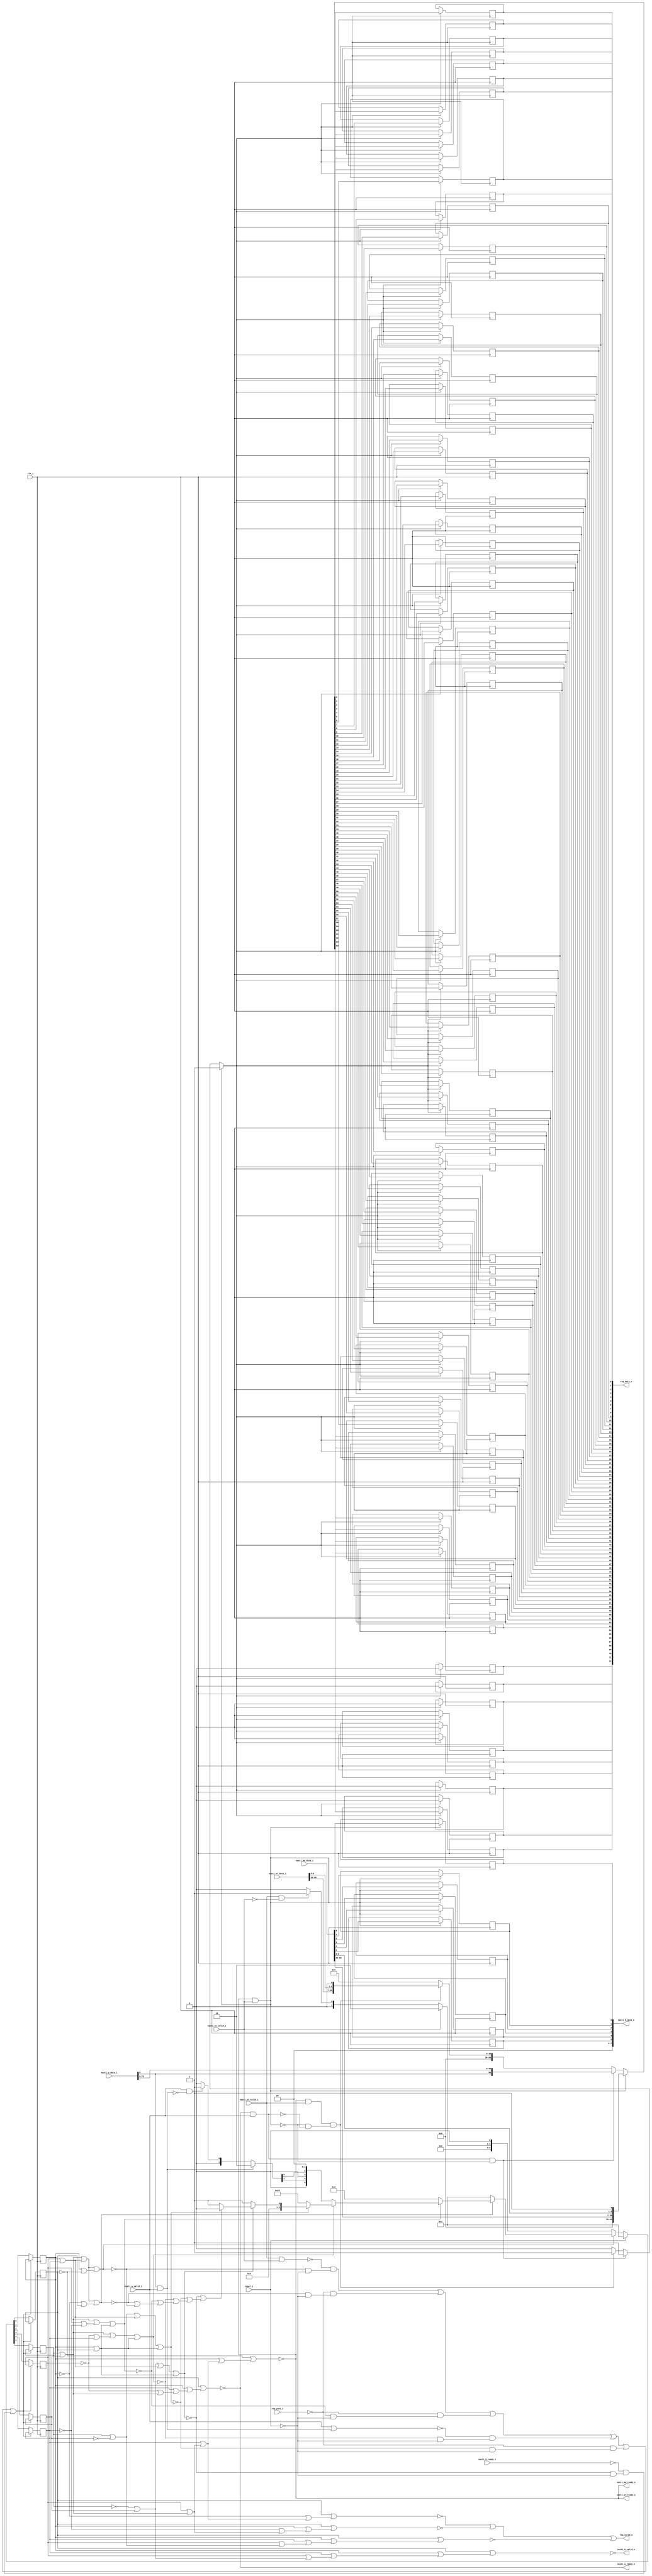
module bsg_nasti_client_req
(
  clk_i,
  reset_i,
  nasti_ar_valid_i,
  nasti_ar_data_i,
  nasti_ar_ready_o,
  nasti_aw_valid_i,
  nasti_aw_data_i,
  nasti_aw_ready_o,
  nasti_w_valid_i,
  nasti_w_data_i,
  nasti_w_ready_o,
  nasti_b_valid_o,
  nasti_b_data_o,
  nasti_b_ready_i,
  req_valid_o,
  req_data_o,
  req_yumi_i
);

  input [66:0] nasti_ar_data_i;
  input [66:0] nasti_aw_data_i;
  input [72:0] nasti_w_data_i;
  output [7:0] nasti_b_data_o;
  output [72:0] req_data_o;
  input clk_i;
  input reset_i;
  input nasti_ar_valid_i;
  input nasti_aw_valid_i;
  input nasti_w_valid_i;
  input nasti_b_ready_i;
  input req_yumi_i;
  output nasti_ar_ready_o;
  output nasti_aw_ready_o;
  output nasti_w_ready_o;
  output nasti_b_valid_o;
  output req_valid_o;
  wire nasti_ar_ready_o,nasti_aw_ready_o,nasti_w_ready_o,nasti_b_valid_o,req_valid_o,
  N0,N1,N2,N3,N4,N5,N6,N7,N8,N9,N10,N11,N12,N13,N14,N15,N16,N17,N18,N19,N20,N21,N22,
  N23,N24,N25,N26,N27,N28,N29,N30,N31,N32,N33,N34,N35,N36,N37,N38,N39,N40,N41,N42,
  N43,N44,N45,N46,N47,N48,N49,N50,N51,N52,N53,N54,N55,N56,N57,N58,N59,N60,N61,N62,
  N63,N64,N65,N66,N67,N68,N69,N70,N71,N72,N73,N74,N75,N76,N77,N78,N79,N80,N81,N82,
  N83,N84,N85,N86,N87,N88,N89,N90,N91,N92,N93,N94,N95,N96,N97,N98,N99,N100,N101,
  N102,N103,N104,N105,N106,N107,N108,N109,N110,N111,N112,N113,N114,N115,N116,N117,
  N118,N119,N120,N121,N122,N123,N124,N125,N126,N127,N128,N129,N130,N131,N132,N133,
  N134,N135,N136,N137,N138,N139,N140,N141,N142,N143,N144,N145,N146,N147,N148,N149,
  N150,N151,N152,N153,N154,N155,N156,N157,N158,N159,N160,N161,N162,N163,N164,N165,
  N166,N167,N168,N169,N170,N171,N172,N173,N174,N175,N176,N177,N178,N179,N180,N181,
  N182,N183,N184,N185,N186,N187,N188,N189,N190,N191,N192,N193,N194,N195,N196,N197,
  N198,N199,N200,N201,N202,N203,N204,N205,N206,N207,N208,N209,N210,N211,N212,N213,
  N214,N215,N216,N217,N218,N219,N220,N221,N222,N223,N224,N225,N226,N227,N228,N229,
  N230,N231,N232,N233,N234,N235,N236,N237,N238,N239,N240,N241,N242,N243,N244;
  wire [5:0] state_n;
  reg [5:0] state_r;
  reg [72:0] req_data_o;
  reg [7:0] nasti_b_data_o;
  assign nasti_b_data_o[6] = 1'b0;
  assign nasti_b_data_o[7] = 1'b0;

  always @(posedge clk_i) begin
    if(N171) begin
      state_r[5] <= N17;
    end 
  end


  always @(posedge clk_i) begin
    if(N171) begin
      state_r[4] <= N16;
    end 
  end


  always @(posedge clk_i) begin
    if(N171) begin
      state_r[3] <= N15;
    end 
  end


  always @(posedge clk_i) begin
    if(N171) begin
      state_r[2] <= N14;
    end 
  end


  always @(posedge clk_i) begin
    if(N171) begin
      state_r[1] <= N13;
    end 
  end


  always @(posedge clk_i) begin
    if(N171) begin
      state_r[0] <= N12;
    end 
  end

  assign N18 = state_r[5] | state_r[4];
  assign N19 = state_r[3] | state_r[2];
  assign N20 = state_r[1] | N172;
  assign N21 = N18 | N19;
  assign N22 = N21 | N20;
  assign N24 = state_r[5] | state_r[4];
  assign N25 = state_r[3] | state_r[2];
  assign N26 = N199 | state_r[0];
  assign N27 = N24 | N25;
  assign N28 = N27 | N26;
  assign N30 = state_r[5] | state_r[4];
  assign N31 = state_r[3] | N206;
  assign N32 = state_r[1] | state_r[0];
  assign N33 = N30 | N31;
  assign N34 = N33 | N32;
  assign N36 = state_r[5] | state_r[4];
  assign N37 = N185 | state_r[2];
  assign N38 = state_r[1] | state_r[0];
  assign N39 = N36 | N37;
  assign N40 = N39 | N38;
  assign N42 = state_r[5] | N213;
  assign N43 = state_r[3] | state_r[2];
  assign N44 = state_r[1] | state_r[0];
  assign N45 = N42 | N43;
  assign N46 = N45 | N44;
  assign N48 = N192 | state_r[4];
  assign N49 = state_r[3] | state_r[2];
  assign N50 = state_r[1] | state_r[0];
  assign N51 = N48 | N49;
  assign N52 = N51 | N50;

  always @(posedge clk_i) begin
    if(N81) begin
      req_data_o[72] <= 1'b0;
    end 
  end


  always @(posedge clk_i) begin
    if(N81) begin
      req_data_o[71] <= 1'b0;
    end 
  end


  always @(posedge clk_i) begin
    if(N81) begin
      req_data_o[70] <= 1'b0;
    end 
  end


  always @(posedge clk_i) begin
    if(N81) begin
      req_data_o[69] <= 1'b0;
    end 
  end


  always @(posedge clk_i) begin
    if(N81) begin
      req_data_o[68] <= 1'b0;
    end 
  end


  always @(posedge clk_i) begin
    if(N81) begin
      req_data_o[67] <= 1'b0;
    end 
  end


  always @(posedge clk_i) begin
    if(N81) begin
      req_data_o[66] <= 1'b0;
    end 
  end


  always @(posedge clk_i) begin
    if(N81) begin
      req_data_o[65] <= 1'b0;
    end 
  end


  always @(posedge clk_i) begin
    if(N81) begin
      req_data_o[64] <= N146;
    end 
  end


  always @(posedge clk_i) begin
    if(N81) begin
      req_data_o[63] <= N145;
    end 
  end


  always @(posedge clk_i) begin
    if(N81) begin
      req_data_o[62] <= N144;
    end 
  end


  always @(posedge clk_i) begin
    if(N81) begin
      req_data_o[61] <= N143;
    end 
  end


  always @(posedge clk_i) begin
    if(N81) begin
      req_data_o[60] <= N142;
    end 
  end


  always @(posedge clk_i) begin
    if(N81) begin
      req_data_o[59] <= N141;
    end 
  end


  always @(posedge clk_i) begin
    if(N81) begin
      req_data_o[58] <= N140;
    end 
  end


  always @(posedge clk_i) begin
    if(N81) begin
      req_data_o[57] <= N139;
    end 
  end


  always @(posedge clk_i) begin
    if(N81) begin
      req_data_o[56] <= N138;
    end 
  end


  always @(posedge clk_i) begin
    if(N81) begin
      req_data_o[55] <= N137;
    end 
  end


  always @(posedge clk_i) begin
    if(N81) begin
      req_data_o[54] <= N136;
    end 
  end


  always @(posedge clk_i) begin
    if(N81) begin
      req_data_o[53] <= N135;
    end 
  end


  always @(posedge clk_i) begin
    if(N81) begin
      req_data_o[52] <= N134;
    end 
  end


  always @(posedge clk_i) begin
    if(N81) begin
      req_data_o[51] <= N133;
    end 
  end


  always @(posedge clk_i) begin
    if(N81) begin
      req_data_o[50] <= N132;
    end 
  end


  always @(posedge clk_i) begin
    if(N81) begin
      req_data_o[49] <= N131;
    end 
  end


  always @(posedge clk_i) begin
    if(N81) begin
      req_data_o[48] <= N130;
    end 
  end


  always @(posedge clk_i) begin
    if(N81) begin
      req_data_o[47] <= N129;
    end 
  end


  always @(posedge clk_i) begin
    if(N81) begin
      req_data_o[46] <= N128;
    end 
  end


  always @(posedge clk_i) begin
    if(N81) begin
      req_data_o[45] <= N127;
    end 
  end


  always @(posedge clk_i) begin
    if(N81) begin
      req_data_o[44] <= N126;
    end 
  end


  always @(posedge clk_i) begin
    if(N81) begin
      req_data_o[43] <= N125;
    end 
  end


  always @(posedge clk_i) begin
    if(N81) begin
      req_data_o[42] <= N124;
    end 
  end


  always @(posedge clk_i) begin
    if(N81) begin
      req_data_o[41] <= N123;
    end 
  end


  always @(posedge clk_i) begin
    if(N81) begin
      req_data_o[40] <= N122;
    end 
  end


  always @(posedge clk_i) begin
    if(N81) begin
      req_data_o[39] <= N121;
    end 
  end


  always @(posedge clk_i) begin
    if(N81) begin
      req_data_o[38] <= N120;
    end 
  end


  always @(posedge clk_i) begin
    if(N81) begin
      req_data_o[37] <= N119;
    end 
  end


  always @(posedge clk_i) begin
    if(N81) begin
      req_data_o[36] <= N118;
    end 
  end


  always @(posedge clk_i) begin
    if(N81) begin
      req_data_o[35] <= N117;
    end 
  end


  always @(posedge clk_i) begin
    if(N81) begin
      req_data_o[34] <= N116;
    end 
  end


  always @(posedge clk_i) begin
    if(N81) begin
      req_data_o[33] <= N115;
    end 
  end


  always @(posedge clk_i) begin
    if(N81) begin
      req_data_o[32] <= N114;
    end 
  end


  always @(posedge clk_i) begin
    if(N81) begin
      req_data_o[31] <= N113;
    end 
  end


  always @(posedge clk_i) begin
    if(N81) begin
      req_data_o[30] <= N112;
    end 
  end


  always @(posedge clk_i) begin
    if(N81) begin
      req_data_o[29] <= N111;
    end 
  end


  always @(posedge clk_i) begin
    if(N81) begin
      req_data_o[28] <= N110;
    end 
  end


  always @(posedge clk_i) begin
    if(N81) begin
      req_data_o[27] <= N109;
    end 
  end


  always @(posedge clk_i) begin
    if(N81) begin
      req_data_o[26] <= N108;
    end 
  end


  always @(posedge clk_i) begin
    if(N81) begin
      req_data_o[25] <= N107;
    end 
  end


  always @(posedge clk_i) begin
    if(N81) begin
      req_data_o[24] <= N106;
    end 
  end


  always @(posedge clk_i) begin
    if(N81) begin
      req_data_o[23] <= N105;
    end 
  end


  always @(posedge clk_i) begin
    if(N81) begin
      req_data_o[22] <= N104;
    end 
  end


  always @(posedge clk_i) begin
    if(N81) begin
      req_data_o[21] <= N103;
    end 
  end


  always @(posedge clk_i) begin
    if(N81) begin
      req_data_o[20] <= N102;
    end 
  end


  always @(posedge clk_i) begin
    if(N81) begin
      req_data_o[19] <= N101;
    end 
  end


  always @(posedge clk_i) begin
    if(N81) begin
      req_data_o[18] <= N100;
    end 
  end


  always @(posedge clk_i) begin
    if(N81) begin
      req_data_o[17] <= N99;
    end 
  end


  always @(posedge clk_i) begin
    if(N81) begin
      req_data_o[16] <= N98;
    end 
  end


  always @(posedge clk_i) begin
    if(N81) begin
      req_data_o[15] <= N97;
    end 
  end


  always @(posedge clk_i) begin
    if(N81) begin
      req_data_o[14] <= N96;
    end 
  end


  always @(posedge clk_i) begin
    if(N81) begin
      req_data_o[13] <= N95;
    end 
  end


  always @(posedge clk_i) begin
    if(N81) begin
      req_data_o[12] <= N94;
    end 
  end


  always @(posedge clk_i) begin
    if(N81) begin
      req_data_o[11] <= N93;
    end 
  end


  always @(posedge clk_i) begin
    if(N81) begin
      req_data_o[10] <= N92;
    end 
  end


  always @(posedge clk_i) begin
    if(N81) begin
      req_data_o[9] <= N91;
    end 
  end


  always @(posedge clk_i) begin
    if(N81) begin
      req_data_o[8] <= N90;
    end 
  end


  always @(posedge clk_i) begin
    if(N81) begin
      req_data_o[7] <= N89;
    end 
  end


  always @(posedge clk_i) begin
    if(N81) begin
      req_data_o[6] <= N88;
    end 
  end


  always @(posedge clk_i) begin
    if(N81) begin
      req_data_o[5] <= N87;
    end 
  end


  always @(posedge clk_i) begin
    if(N81) begin
      req_data_o[4] <= N86;
    end 
  end


  always @(posedge clk_i) begin
    if(N81) begin
      req_data_o[3] <= N85;
    end 
  end


  always @(posedge clk_i) begin
    if(N81) begin
      req_data_o[2] <= N84;
    end 
  end


  always @(posedge clk_i) begin
    if(N81) begin
      req_data_o[1] <= N83;
    end 
  end


  always @(posedge clk_i) begin
    if(N81) begin
      req_data_o[0] <= N82;
    end 
  end


  always @(posedge clk_i) begin
    if(N153) begin
      nasti_b_data_o[5] <= nasti_aw_data_i[5];
    end 
  end


  always @(posedge clk_i) begin
    if(N153) begin
      nasti_b_data_o[4] <= nasti_aw_data_i[4];
    end 
  end


  always @(posedge clk_i) begin
    if(N153) begin
      nasti_b_data_o[3] <= nasti_aw_data_i[3];
    end 
  end


  always @(posedge clk_i) begin
    if(N153) begin
      nasti_b_data_o[2] <= nasti_aw_data_i[2];
    end 
  end


  always @(posedge clk_i) begin
    if(N153) begin
      nasti_b_data_o[1] <= nasti_aw_data_i[1];
    end 
  end


  always @(posedge clk_i) begin
    if(N153) begin
      nasti_b_data_o[0] <= nasti_aw_data_i[0];
    end 
  end

  assign N172 = ~state_r[0];
  assign N173 = state_r[4] | state_r[5];
  assign N174 = state_r[3] | N173;
  assign N175 = state_r[2] | N174;
  assign N176 = state_r[1] | N175;
  assign N177 = N172 | N176;
  assign N178 = ~N177;
  assign N179 = state_r[4] | state_r[5];
  assign N180 = state_r[3] | N179;
  assign N181 = state_r[2] | N180;
  assign N182 = state_r[1] | N181;
  assign N183 = N172 | N182;
  assign N184 = ~N183;
  assign N185 = ~state_r[3];
  assign N186 = state_r[4] | state_r[5];
  assign N187 = N185 | N186;
  assign N188 = state_r[2] | N187;
  assign N189 = state_r[1] | N188;
  assign N190 = state_r[0] | N189;
  assign N191 = ~N190;
  assign N192 = ~state_r[5];
  assign N193 = state_r[4] | N192;
  assign N194 = state_r[3] | N193;
  assign N195 = state_r[2] | N194;
  assign N196 = state_r[1] | N195;
  assign N197 = state_r[0] | N196;
  assign N198 = ~N197;
  assign N199 = ~state_r[1];
  assign N200 = state_r[4] | state_r[5];
  assign N201 = state_r[3] | N200;
  assign N202 = state_r[2] | N201;
  assign N203 = N199 | N202;
  assign N204 = state_r[0] | N203;
  assign N205 = ~N204;
  assign N206 = ~state_r[2];
  assign N207 = state_r[4] | state_r[5];
  assign N208 = state_r[3] | N207;
  assign N209 = N206 | N208;
  assign N210 = state_r[1] | N209;
  assign N211 = state_r[0] | N210;
  assign N212 = ~N211;
  assign N213 = ~state_r[4];
  assign N214 = N213 | state_r[5];
  assign N215 = state_r[3] | N214;
  assign N216 = state_r[2] | N215;
  assign N217 = state_r[1] | N216;
  assign N218 = state_r[0] | N217;
  assign N219 = ~N218;
  assign N220 = state_r[4] | state_r[5];
  assign N221 = state_r[3] | N220;
  assign N222 = state_r[2] | N221;
  assign N223 = state_r[1] | N222;
  assign N224 = N172 | N223;
  assign N225 = ~N224;
  assign N226 = state_r[4] | state_r[5];
  assign N227 = state_r[3] | N226;
  assign N228 = state_r[2] | N227;
  assign N229 = state_r[1] | N228;
  assign N230 = N172 | N229;
  assign N231 = ~N230;
  assign N232 = state_r[4] | state_r[5];
  assign N233 = state_r[3] | N232;
  assign N234 = state_r[2] | N233;
  assign N235 = state_r[1] | N234;
  assign N236 = N172 | N235;
  assign N237 = ~N236;
  assign N238 = state_r[4] | state_r[5];
  assign N239 = N185 | N238;
  assign N240 = state_r[2] | N239;
  assign N241 = state_r[1] | N240;
  assign N242 = state_r[0] | N241;
  assign N243 = ~N242;
  assign { N17, N16, N15, N14, N13, N12 } = (N0)? { 1'b0, 1'b0, 1'b0, 1'b0, 1'b0, 1'b1 } : 
                                            (N1)? state_n : 1'b0;
  assign N0 = reset_i;
  assign N1 = N11;
  assign { N63, N62 } = (N2)? { 1'b1, 1'b0 } : 
                        (N72)? { 1'b0, 1'b1 } : 1'b0;
  assign N2 = nasti_aw_valid_i;
  assign { N68, N67 } = (N3)? { 1'b1, 1'b0 } : 
                        (N74)? { 1'b0, 1'b1 } : 1'b0;
  assign N3 = N64;
  assign state_n = (N4)? { 1'b0, 1'b0, 1'b0, N63, N62, 1'b0 } : 
                   (N5)? { 1'b0, 1'b0, 1'b0, 1'b0, 1'b0, 1'b1 } : 
                   (N6)? { 1'b0, 1'b0, 1'b1, 1'b0, 1'b0, 1'b0 } : 
                   (N7)? { 1'b0, N68, 1'b0, N67, 1'b0, 1'b0 } : 
                   (N8)? { 1'b1, 1'b0, 1'b0, 1'b0, 1'b0, 1'b0 } : 
                   (N9)? { 1'b0, 1'b0, 1'b0, 1'b0, 1'b0, 1'b1 } : 
                   (N59)? { 1'b0, 1'b0, 1'b0, 1'b0, 1'b0, 1'b1 } : 1'b0;
  assign N4 = N23;
  assign N5 = N29;
  assign N6 = N35;
  assign N7 = N41;
  assign N8 = N47;
  assign N9 = N53;
  assign N81 = (N10)? 1'b1 : 
               (N148)? 1'b1 : 
               (N151)? 1'b1 : 
               (N80)? 1'b0 : 1'b0;
  assign N10 = N75;
  assign { N146, N145, N144, N143, N142, N141, N140, N139, N138, N137, N136, N135, N134, N133, N132, N131, N130, N129, N128, N127, N126, N125, N124, N123, N122, N121, N120, N119, N118, N117, N116, N115, N114, N113, N112, N111, N110, N109, N108, N107, N106, N105, N104, N103, N102, N101, N100, N99, N98, N97, N96, N95, N94, N93, N92, N91, N90, N89, N88, N87, N86, N85, N84, N83, N82 } = (N10)? { 1'b0, 1'b0, 1'b0, 1'b0, 1'b0, 1'b0, 1'b0, 1'b0, 1'b0, 1'b0, 1'b0, 1'b0, 1'b0, 1'b0, 1'b0, 1'b0, 1'b0, 1'b0, 1'b0, 1'b0, 1'b0, 1'b0, 1'b0, 1'b0, 1'b0, 1'b0, nasti_aw_data_i[66:35], nasti_aw_data_i[5:0], 1'b1 } : 
                                                                                                                                                                                                                                                                                                                                                                                                  (N148)? { nasti_w_data_i[8:8], nasti_w_data_i[72:9] } : 
                                                                                                                                                                                                                                                                                                                                                                                                  (N151)? { 1'b0, 1'b0, 1'b0, 1'b0, 1'b0, 1'b0, 1'b0, 1'b0, 1'b0, 1'b0, 1'b0, 1'b0, 1'b0, 1'b0, 1'b0, 1'b0, 1'b0, 1'b0, 1'b0, 1'b0, 1'b0, 1'b0, 1'b0, 1'b0, 1'b0, 1'b0, nasti_ar_data_i[66:35], nasti_ar_data_i[5:0], 1'b0 } : 1'b0;
  assign N11 = ~reset_i;
  assign N23 = ~N22;
  assign N29 = ~N28;
  assign N35 = ~N34;
  assign N41 = ~N40;
  assign N47 = ~N46;
  assign N53 = ~N52;
  assign N54 = N29 | N23;
  assign N55 = N35 | N54;
  assign N56 = N41 | N55;
  assign N57 = N47 | N56;
  assign N58 = N53 | N57;
  assign N59 = ~N58;
  assign N60 = nasti_ar_valid_i | nasti_aw_valid_i;
  assign N61 = ~N60;
  assign N64 = nasti_w_data_i[8] & nasti_w_valid_i;
  assign N65 = nasti_w_valid_i | N64;
  assign N66 = ~N65;
  assign N69 = ~req_yumi_i;
  assign N70 = ~nasti_b_ready_i;
  assign N71 = ~nasti_aw_valid_i;
  assign N72 = nasti_ar_valid_i & N71;
  assign N73 = ~N64;
  assign N74 = nasti_w_valid_i & N73;
  assign N75 = N237 & nasti_aw_valid_i;
  assign N76 = N243 & nasti_w_valid_i;
  assign N77 = N231 & nasti_ar_valid_i;
  assign N78 = N76 | N75;
  assign N79 = N77 | N78;
  assign N80 = ~N79;
  assign N147 = ~N75;
  assign N148 = N76 & N147;
  assign N149 = ~N76;
  assign N150 = N147 & N149;
  assign N151 = N77 & N150;
  assign N152 = N244 | N219;
  assign N244 = N205 | N212;
  assign req_valid_o = N152;
  assign nasti_ar_ready_o = N178;
  assign nasti_aw_ready_o = N184;
  assign nasti_w_ready_o = N191;
  assign N153 = N225 & nasti_aw_valid_i;
  assign nasti_b_valid_o = N198;
  assign N154 = N23 & N11;
  assign N155 = N61 & N154;
  assign N156 = N29 & N11;
  assign N157 = N69 & N156;
  assign N158 = N155 | N157;
  assign N159 = N35 & N11;
  assign N160 = N69 & N159;
  assign N161 = N158 | N160;
  assign N162 = N41 & N11;
  assign N163 = N66 & N162;
  assign N164 = N161 | N163;
  assign N165 = N47 & N11;
  assign N166 = N69 & N165;
  assign N167 = N164 | N166;
  assign N168 = N53 & N11;
  assign N169 = N70 & N168;
  assign N170 = N167 | N169;
  assign N171 = ~N170;

endmodule